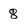
Character: 8